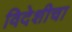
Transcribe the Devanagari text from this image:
विदेशीचा